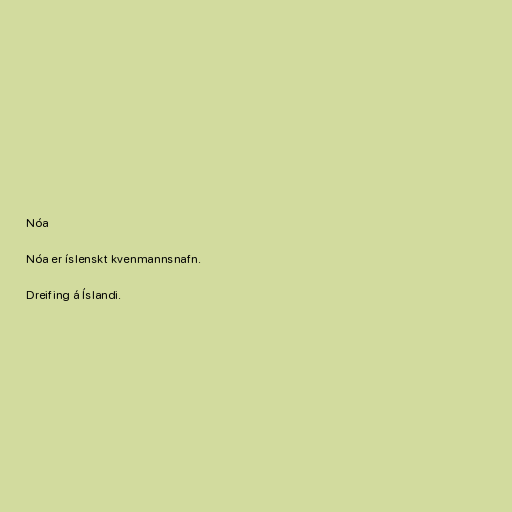
Nóa

Nóa er íslenskt kvenmannsnafn.

Dreifing á Íslandi.